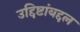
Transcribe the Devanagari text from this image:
उद्दिष्टांबद्दल